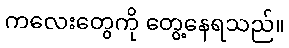
ကလေးတွေကို တွေ့နေရသည်။